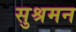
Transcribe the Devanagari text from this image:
सुश्रमन